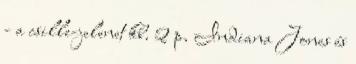
- a csille-jelenet kb. 2 p. Indiana Jones és